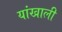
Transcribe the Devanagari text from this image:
यांखाली